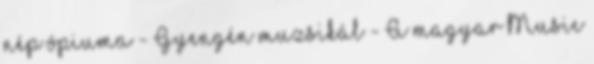
nép ópiuma - Gyengén muzsikál - A magyar Music